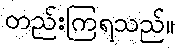
တည်းကြရသည်။